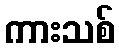
ကားသစ်